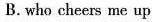
B.who cheers me up